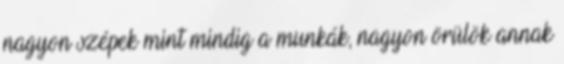
nagyon szépek mint mindig a munkák, nagyon örülök annak